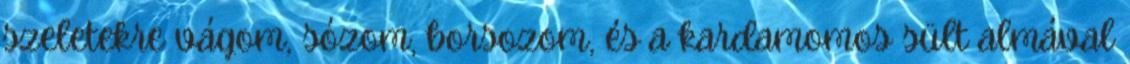
szeletekre vágom, sózom, borsozom, és a kardamomos sült almával